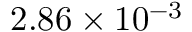
2 . 8 6 \times 1 0 ^ { - 3 }